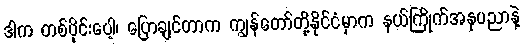
ဒါက တစ်ပိုင်းပေါ့၊ ပြောချင်တာက ကျွန်တော်တို့နိုင်ငံမှာက နယ်ကြိုက်အနုပညာနဲ့